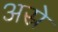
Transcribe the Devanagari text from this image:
अस्रे